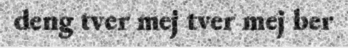
deng tver mej tver mej ber